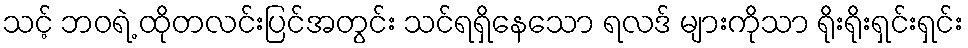
သင့် ဘဝရဲ့ ထိုတလင်းပြင်အတွင်း သင်ရရှိနေသော ရလဒ် များကိုသာ ရိုးရိုးရှင်းရှင်း